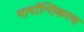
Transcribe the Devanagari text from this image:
मार्गान्तिकरण